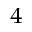
_ 4